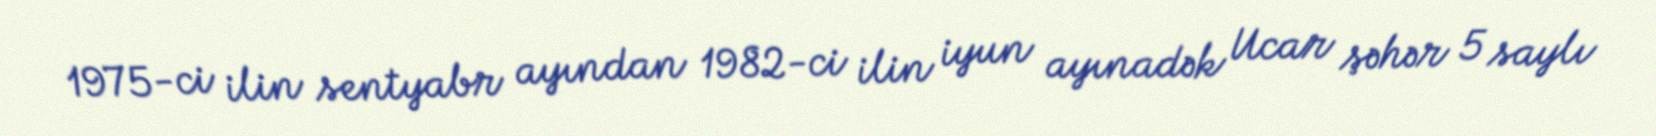
1975-ci ilin sentyabr ayından 1982-ci ilin iyun ayınadək Ucar şəhər 5 saylı